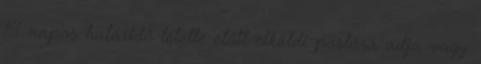
14 napos határidő letelte előtt elküldi postára adja vagy